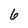
Character: 6